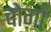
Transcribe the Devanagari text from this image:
चोग़ों